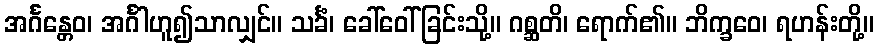
အင်္ဂန္တေဝ၊ အင်္ဂါဟူ၍သာလျှင်။ သင်္ခံ၊ ခေါ်ဝေါ်ခြင်းသို့။ ဂစ္ဆတိ၊ ရောက်၏။ ဘိက္ခဝေ၊ ရဟန်းတို့။